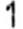
1